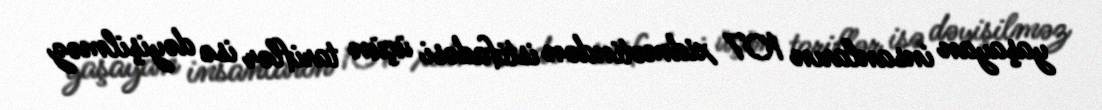
yaşayan insanların 107 xidmətindən istifadəsi üçün tariflər isə dəyişilməz